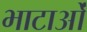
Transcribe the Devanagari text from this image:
भाटाओं